Trukikaitis_Postimees, lk 182
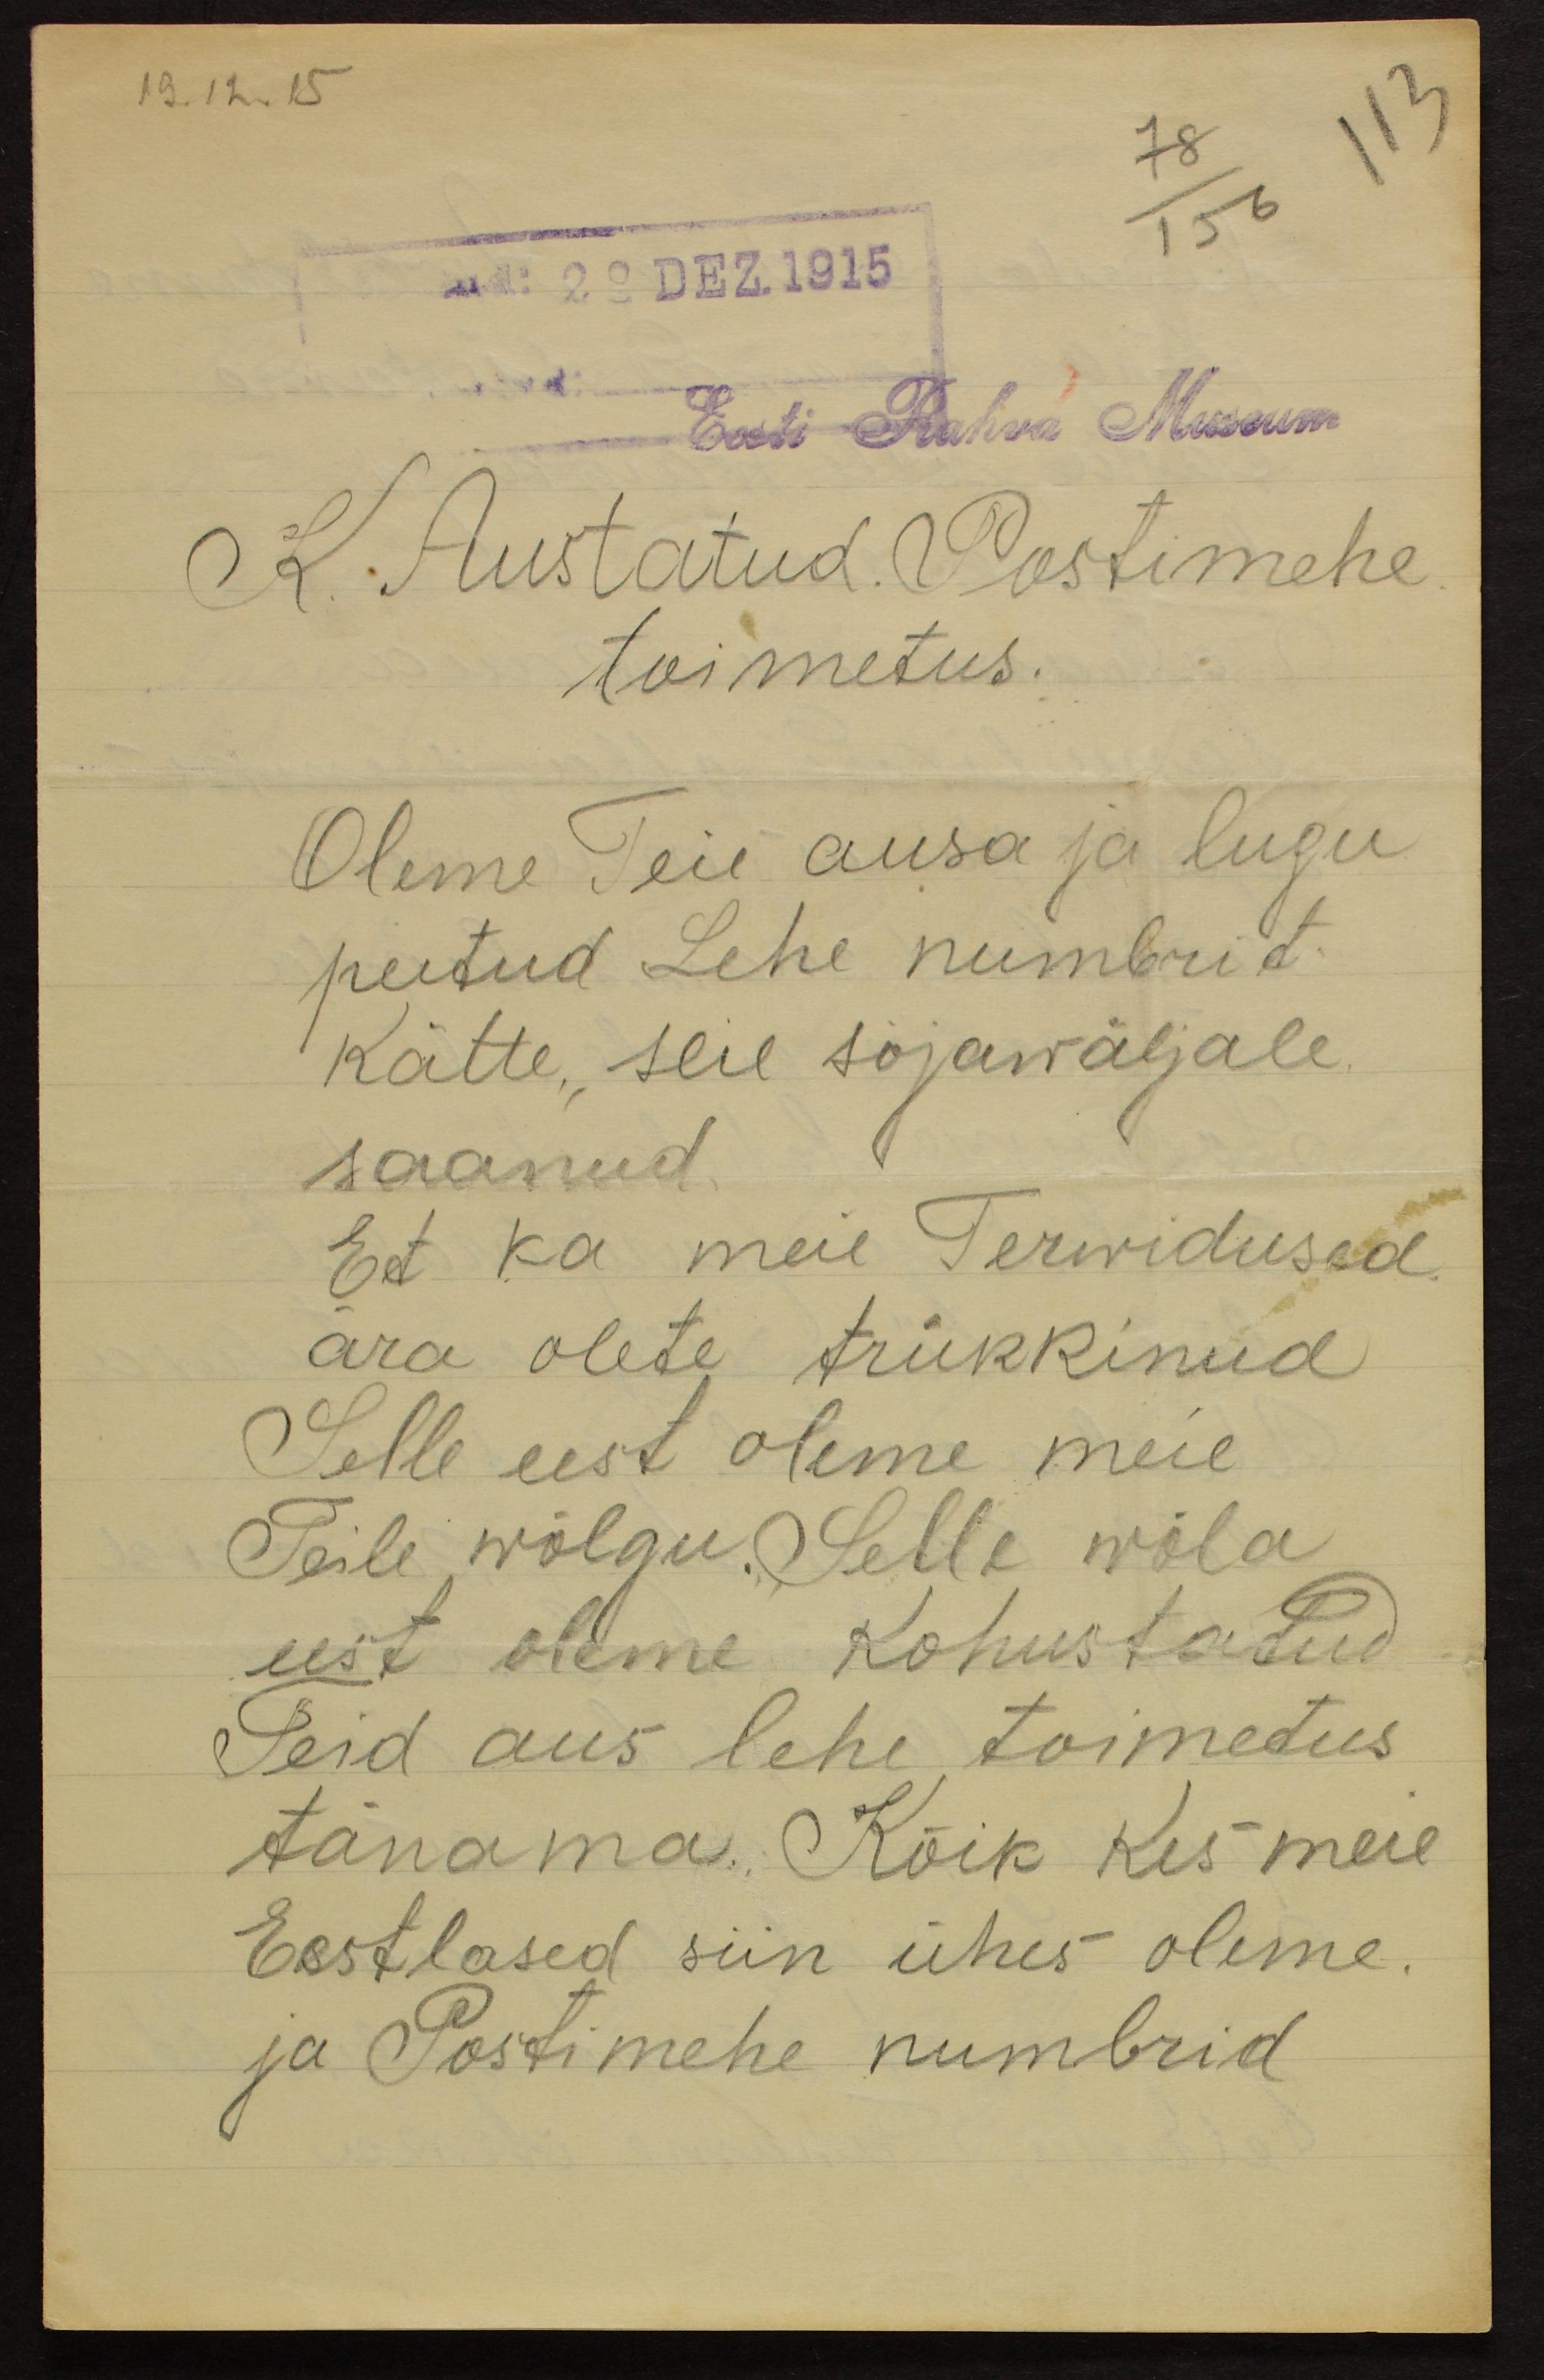
19.12.15
78
113
29 DEZ. 1915
Eesti Rahva Museum
K. Austatud. Postimehe
toimetus.
Oleme Teie ausa ja lugu
peetud Lehe numbrit
kätte, seie sõjawäljale
saanud.
Et ka meie Terwidused
ära olete trükkinud
Selle eest oleme meie
Teile wõlgu. Selle wõla
eest oleme kohustatud
Teid aus lehe toimetus
tänama. Kõik kes meie
Eestlased siin ühes oleme.
ja Postimehe numbrid.